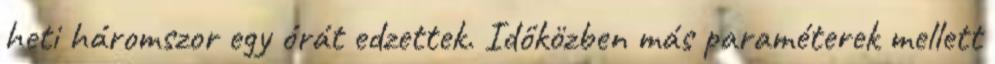
heti háromszor egy órát edzettek. Időközben más paraméterek mellett